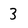
Character: 3